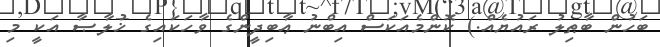
ބަހުން ބާޠިލު ރައުޔެއް.) ކޮންމެއަކަސް އިބްނު ޢާބިދީންގެ ވާހަކައިގެ ޚުލާޞާ އަކީ މި